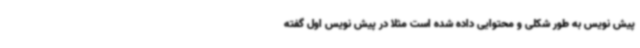
پیش نویس به طور شکلی و محتوایی داده شده است مثلا در پیش نویس اول گفته